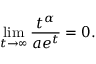
\operatorname* { l i m } _ { t \rightarrow \infty } { \frac { t ^ { \alpha } } { a e ^ { t } } } = 0 .